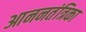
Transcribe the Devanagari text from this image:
आननतंत्रिका